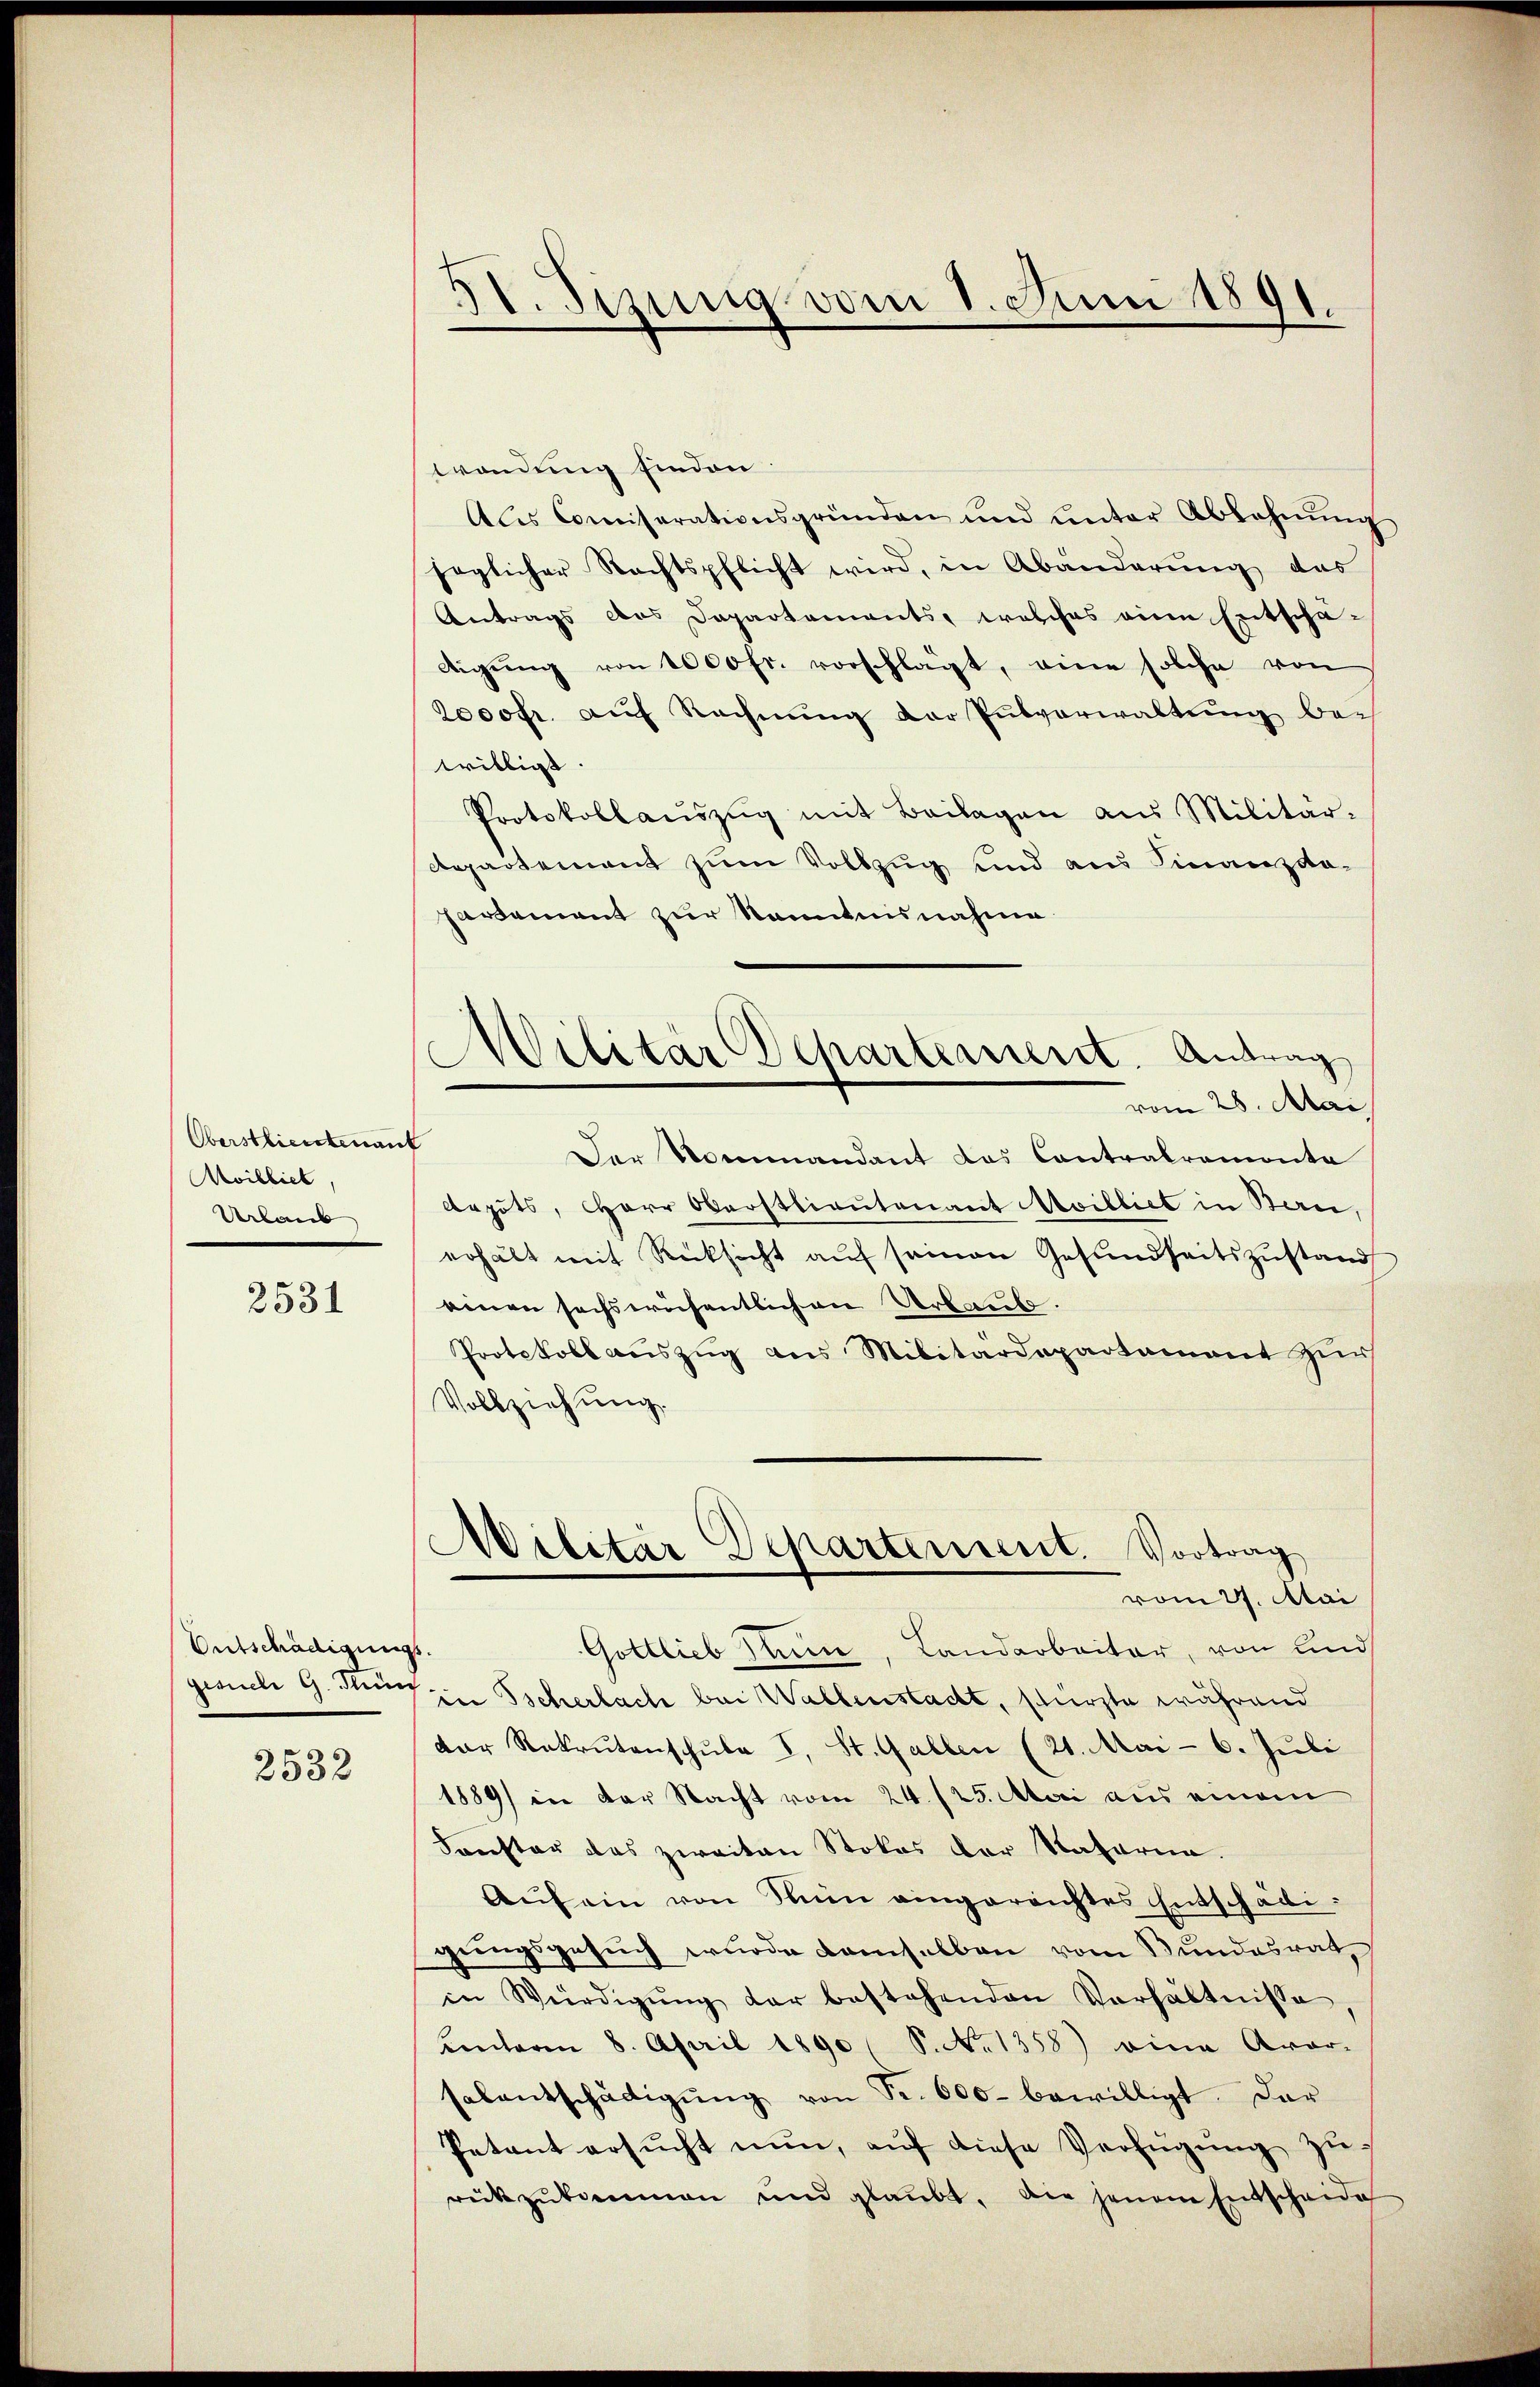
Oberstlieutenant
Moiblick,
Urlaub

2531

Entschädigungs.

2532

31. Sizung vom 1. Juni 1891

Militär Departement. Antrag
vom 28. Mai

wendung finden
Als Comiserationsgründen und ŭnter Ablehnŭng
saglicher Rechtspflicht wird, in Abänderung das
Antrags das Departements, welches eine Entschä-
digŭng von 1000 fr. vorschlägt, eine solche von
2000fr. auf Rechnung der Pulverwaltung bei
willigt
Protokollaŭszŭg mit Beilagen aus Militär-
Repartement zum Vollzug und aus Finanzdapartement zur Kenntnisnahme
Der Kommandant das Contrakramonta
depots, Herr Oberstlieutenant Moiblict in Bau,
erhält mit Rücksicht aŭf seinen Gesundheitszustand
einen sechswöfentlichen Urlaub.
Protokoll auszug aus Militärdepartament zur
Vollziehung.
Militär Departement. Vortrag
vom 27. Mai
Gottlieb Nun, Landarbeiter, von und
gesuche G. Kurz in Tscherlach bei Wallenstadt, stürzte während
dar Rekrutenschule I. St. Gallen (21. Mai - 6. Juli
1889 in der Nacht vom 24./25. Mai aus einem
Sonster das zweiten Stolas der Statoria.
Aŭf ein von Mein eingereichtes Entschädigungsgesuch wurde damselben vom Bundesrat,
in Würdigŭng der bestehenden Verhältnisse
Lnteren 8. April 1890 S. No 1358) eine Avor-
salentschädigŭng von Fr. 600 bewilligt. Dar
Petent ersŭcht nun, aŭf diese Verfügŭng zurückzŭkommen und glaubt. Die jenem Entscheide